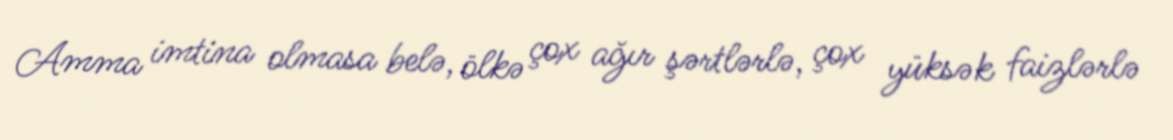
Amma imtina olmasa belə, ölkə çox ağır şərtlərlə, çox yüksək faizlərlə